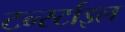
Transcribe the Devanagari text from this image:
टर्न्स्टाइल